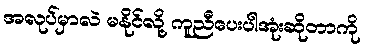
အလုပ်မှာလဲ မနိုင်လို့ ကူညီပေးပါအုံးဆိုတာကို